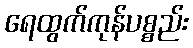
ရေထွက်ကုန်ပစ္စည်း